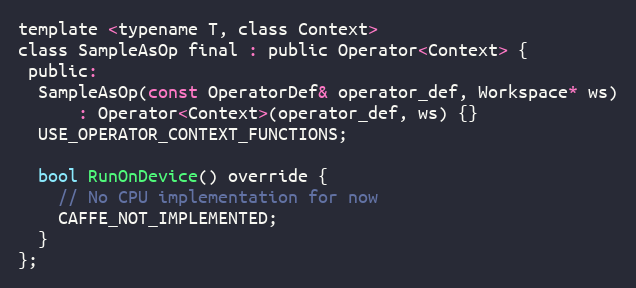
Language: C
template <typename T, class Context>
class SampleAsOp final : public Operator<Context> {
 public:
  SampleAsOp(const OperatorDef& operator_def, Workspace* ws)
      : Operator<Context>(operator_def, ws) {}
  USE_OPERATOR_CONTEXT_FUNCTIONS;

  bool RunOnDevice() override {
    // No CPU implementation for now
    CAFFE_NOT_IMPLEMENTED;
  }
};